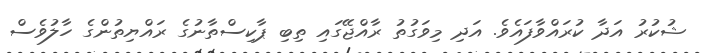
ޝުކުރު އަދާ ކުރައްވާފައެވެ. އަދި މިވަގުތު ރާއްޖޭގައި ތިބި ޕާކިސްތާނުގެ ރައްޔިތުންގެ ހާލުވެސް